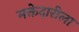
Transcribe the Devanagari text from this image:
मक्तेदारीला